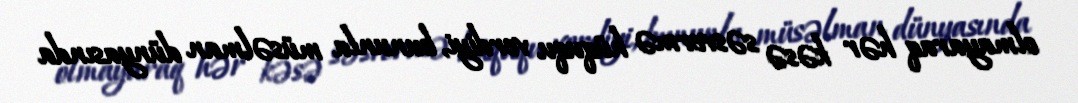
olmayaraq hər kəsə səsvermə hüququ verdiyi, bununla müsəlman dünyasında